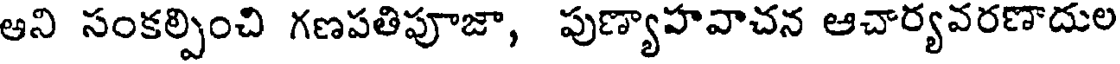
అని సంకల్పించి గణపతిపూజా, పుణ్యాహవాచన ఆచార్యవరణాదుల